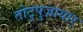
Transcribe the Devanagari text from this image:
तोटुपुज़ायार्